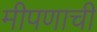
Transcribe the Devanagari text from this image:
मीपणाची